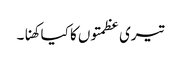
تیری عظمتوں کا کیا کھنا۔